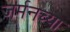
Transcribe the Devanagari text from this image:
जर्मनच्या